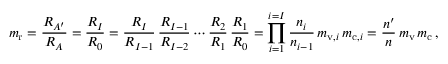
m _ { \mathrm { r } } = { \frac { R _ { A ^ { \prime } } } { R _ { A } } } = { \frac { R _ { I } } { R _ { 0 } } } = { \frac { R _ { I } } { R _ { I - 1 } } } \, { \frac { R _ { I - 1 } } { R _ { I - 2 } } } \cdots { \frac { R _ { 2 } } { R _ { 1 } } } \, { \frac { R _ { 1 } } { R _ { 0 } } } = \prod _ { i = 1 } ^ { i = I } { \frac { n _ { i } } { n _ { i - 1 } } } \, m _ { \mathrm { v } , i } \, m _ { \mathrm { c } , i } = { \frac { n ^ { \prime } } { n } } \, m _ { \mathrm { v } } \, m _ { \mathrm { c } } \, ,